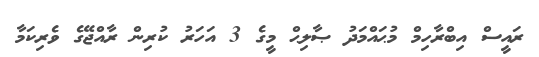
ރައީސް އިބްރާހިމް މުޙައްމަދު ޞާލިޙް މީގެ 3 އަހަރު ކުރިން ރާއްޖޭގެ ވެރިކަމާ